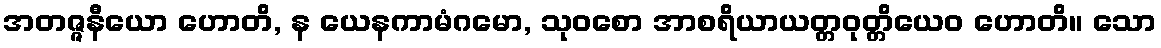
အတဇ္ဇနီယော ဟောတိ, န ယေနကာမံဂမော, သုဝစော အာစရိယာယတ္တဝုတ္တိယေဝ ဟောတိ။ သော